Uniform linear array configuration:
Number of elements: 64
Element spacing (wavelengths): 1
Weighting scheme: uniform
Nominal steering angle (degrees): -30
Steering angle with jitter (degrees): -30.061
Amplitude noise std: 0.05
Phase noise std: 0.05

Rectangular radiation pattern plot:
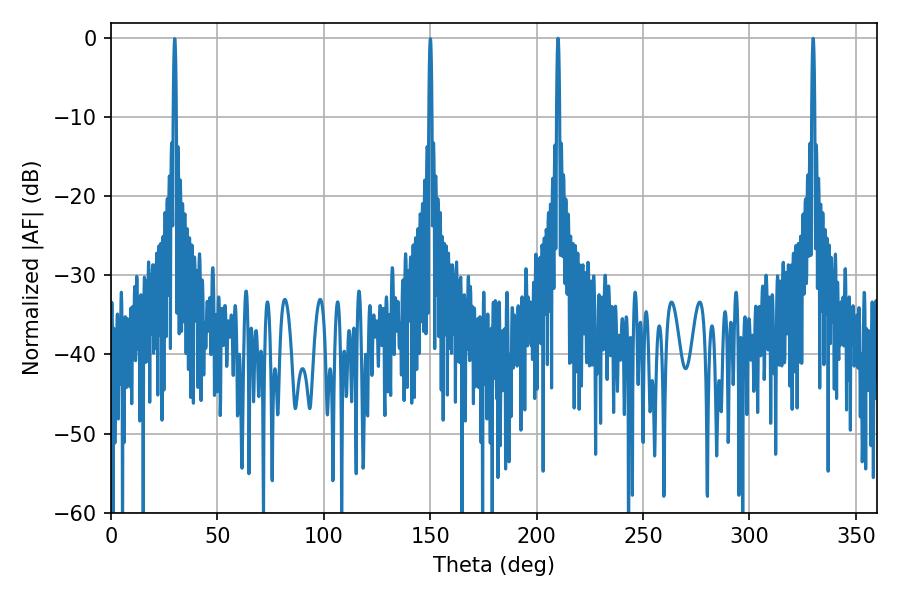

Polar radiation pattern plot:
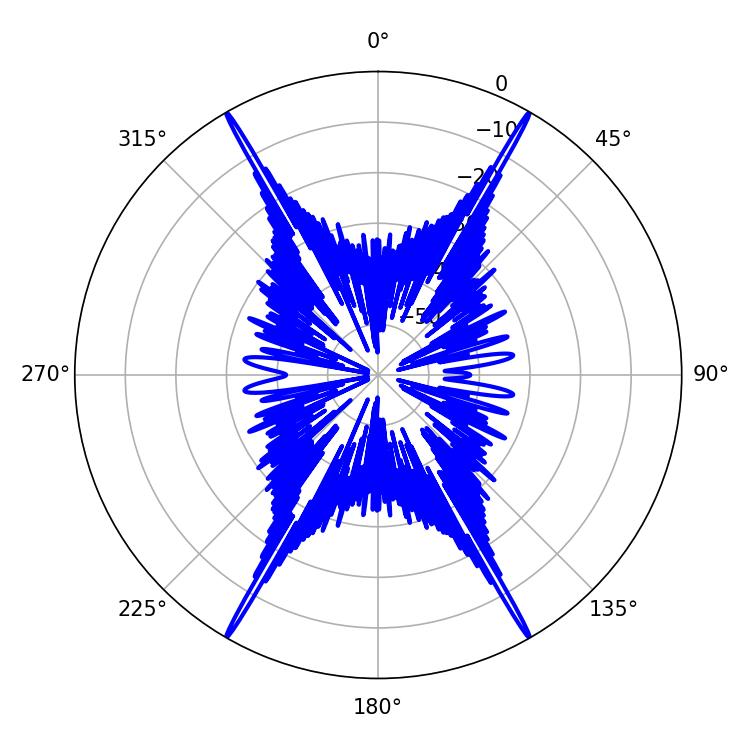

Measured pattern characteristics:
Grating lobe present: TRUE
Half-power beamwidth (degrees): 0.72
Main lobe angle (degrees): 210.06